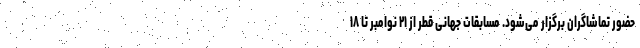
حضور تماشاگران برگزار می‌شود. مسابقات جهانی قطر از ۲۱ نوامبر تا ۱۸